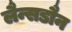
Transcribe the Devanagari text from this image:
लैन्सडौन